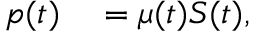
\begin{array} { r l } { p ( t ) } & { { } = \mu ( t ) S ( t ) , } \end{array}